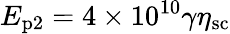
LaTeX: E_{\textrm{p2}}=4\times 10^{10}\gamma\eta_{\textrm{sc}}